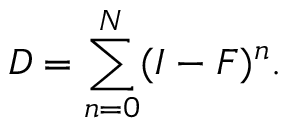
D = \sum _ { n = 0 } ^ { N } ( I - F ) ^ { n } .